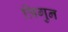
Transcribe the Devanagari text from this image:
त्रिगुन